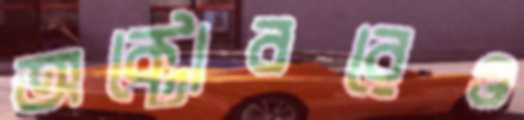
অক্টোবরেও